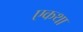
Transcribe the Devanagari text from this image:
एकथा